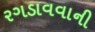
રગડાવવાની